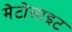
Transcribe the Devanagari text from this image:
मेटोलाइट